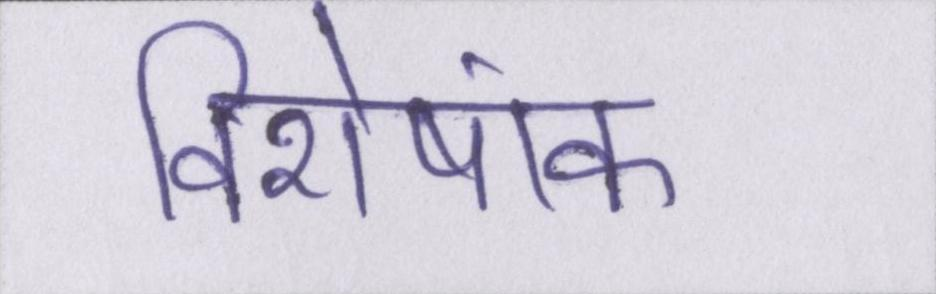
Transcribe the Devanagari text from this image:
विशेषांक